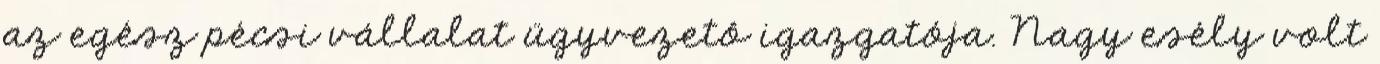
az egész pécsi vállalat ügyvezetô igazgatója. Nagy esély volt